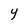
Character: y